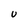
Character: U